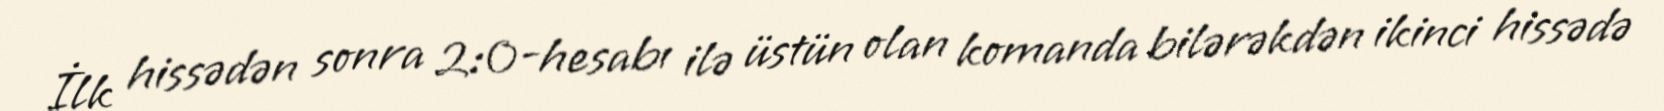
İlk hissədən sonra 2:0-hesabı ilə üstün olan komanda bilərəkdən ikinci hissədə